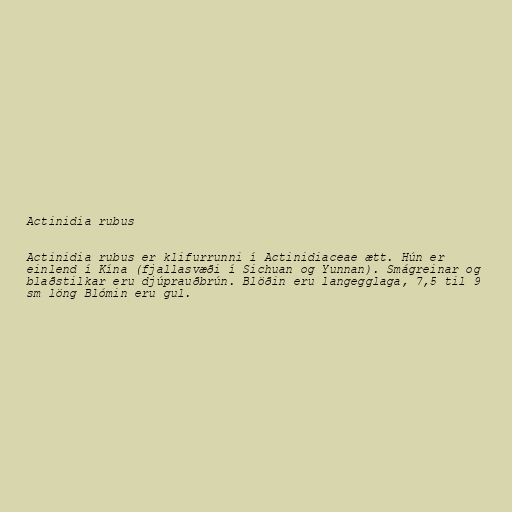
Actinidia rubus

Actinidia rubus er klifurrunni í Actinidiaceae ætt. Hún er
einlend í Kína (fjallasvæði í Sichuan og Yunnan). Smágreinar og
blaðstilkar eru djúprauðbrún. Blöðin eru langegglaga, 7,5 til 9
sm löng Blómin eru gul.